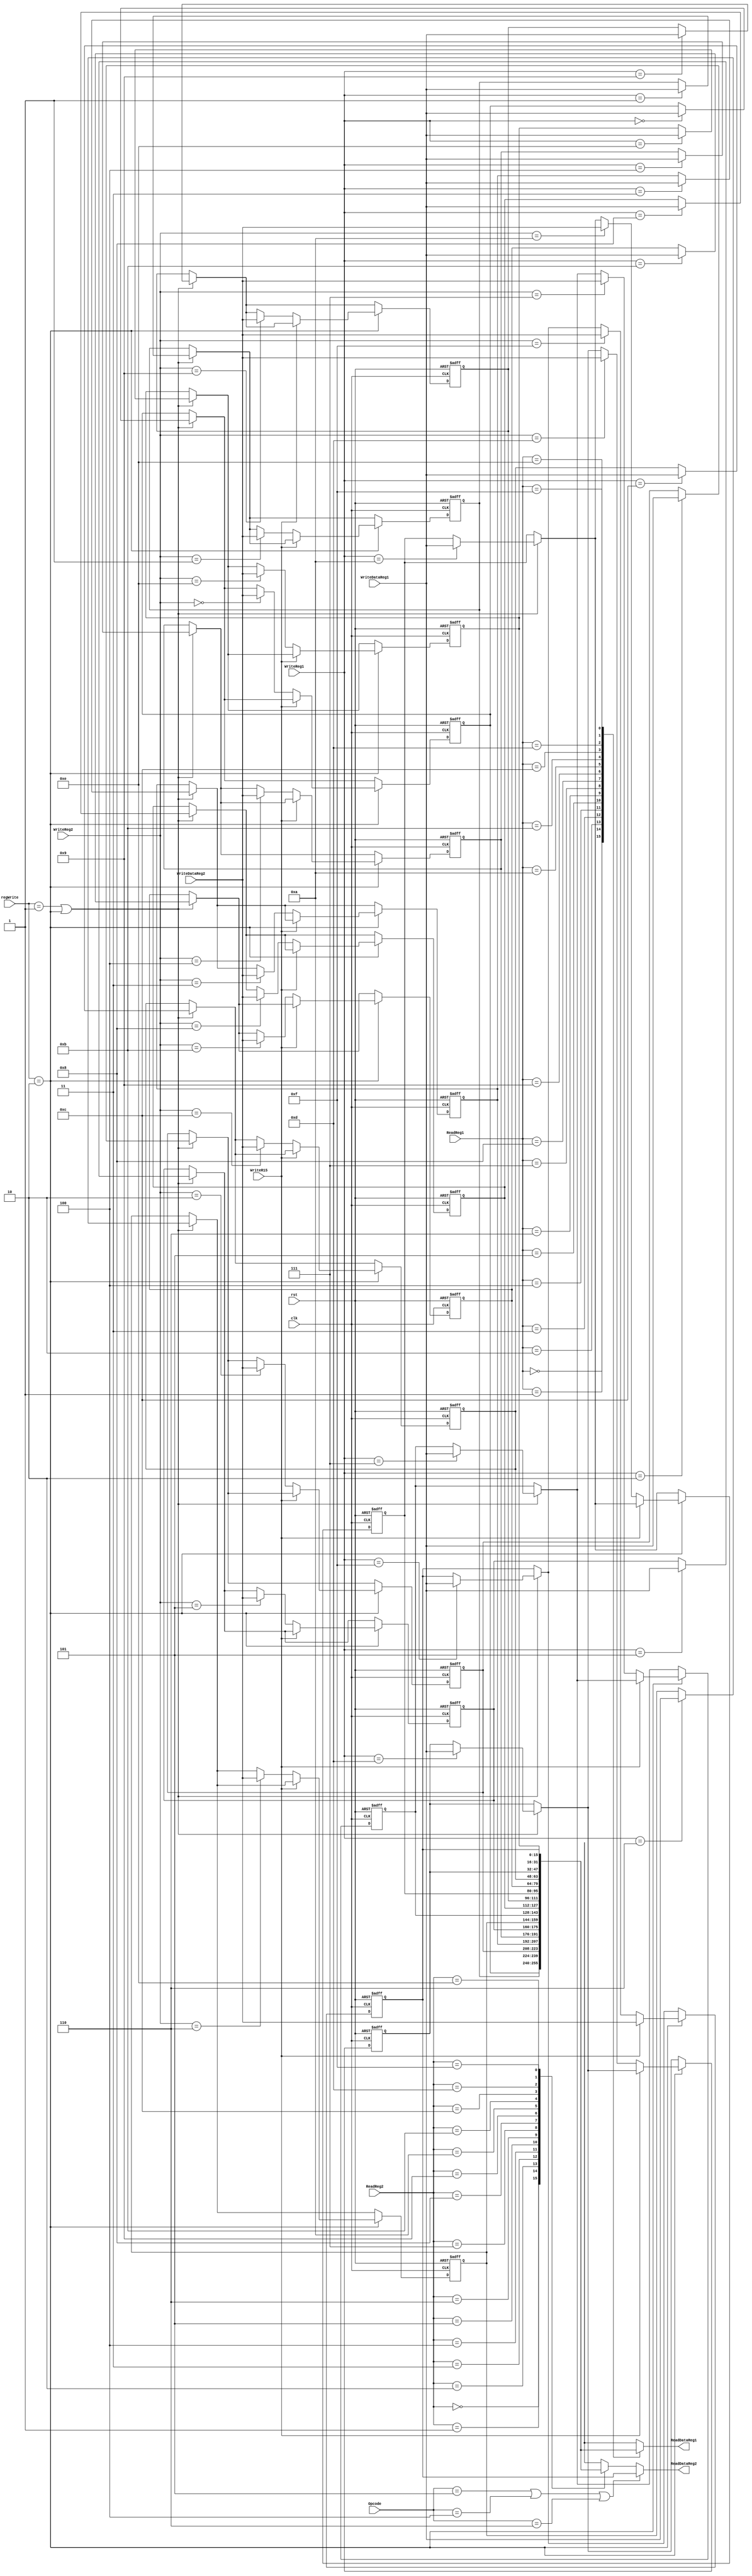
module st2_register_file(
	input [3:0] ReadReg1, ReadReg2, Opcode,
	input [3:0] WriteReg1, WriteReg2,
	input [15:0] WriteDataReg1, WriteDataReg2,
	input clk, rst, WriteR15,
	input [1:0] regWrite,
	output reg [15:0] ReadDataReg1, ReadDataReg2
	);

reg [15:0] RegisterFile [15:0];

// Combinational Logic for Reading register1 & 2. We also determine between using op2 or register 15 for ReadData2
always@(*)
begin
	case(ReadReg1)
		4'b0000: ReadDataReg1 = RegisterFile[0];
		4'b0001: ReadDataReg1 = RegisterFile[1];
		4'b0010: ReadDataReg1 = RegisterFile[2];
		4'b0011: ReadDataReg1 = RegisterFile[3];
		4'b0100: ReadDataReg1 = RegisterFile[4];
		4'b0101: ReadDataReg1 = RegisterFile[5];
		4'b0110: ReadDataReg1 = RegisterFile[6];
		4'b0111: ReadDataReg1 = RegisterFile[7];
		4'b1000: ReadDataReg1 = RegisterFile[8];
		4'b1001: ReadDataReg1 = RegisterFile[9];
		4'b1010: ReadDataReg1 = RegisterFile[10];
		4'b1011: ReadDataReg1 = RegisterFile[11];
		4'b1100: ReadDataReg1 = RegisterFile[12];
		4'b1101: ReadDataReg1 = RegisterFile[13];
		4'b1110: ReadDataReg1 = RegisterFile[14];
		4'b1111: ReadDataReg1 = RegisterFile[15];
	endcase

	if(Opcode == 4'b0101 || Opcode == 4'b0100 || Opcode == 4'b0110)
		begin
			ReadDataReg2 = RegisterFile[15];
		end
	else
		begin
			case(ReadReg2)
				4'b0000: ReadDataReg2 = RegisterFile[0];
				4'b0001: ReadDataReg2 = RegisterFile[1];
				4'b0010: ReadDataReg2 = RegisterFile[2];
				4'b0011: ReadDataReg2 = RegisterFile[3];
				4'b0100: ReadDataReg2 = RegisterFile[4];
				4'b0101: ReadDataReg2 = RegisterFile[5];
				4'b0110: ReadDataReg2 = RegisterFile[6];
				4'b0111: ReadDataReg2 = RegisterFile[7];
				4'b1000: ReadDataReg2 = RegisterFile[8];
				4'b1001: ReadDataReg2 = RegisterFile[9];
				4'b1010: ReadDataReg2 = RegisterFile[10];
				4'b1011: ReadDataReg2 = RegisterFile[11];
				4'b1100: ReadDataReg2 = RegisterFile[12];
				4'b1101: ReadDataReg2 = RegisterFile[13];
				4'b1110: ReadDataReg2 = RegisterFile[14];
				4'b1111: ReadDataReg2 = RegisterFile[15];
			endcase
		end
end

// Sequential Logic for writing
always@(posedge clk or negedge rst)
begin
	if(!rst) // On Reset
		begin
			RegisterFile[0] <= 16'h0;
			RegisterFile[1] <= 16'h0F00;
			RegisterFile[2] <= 16'h0050;
			RegisterFile[3] <= 16'hFF0F;
			RegisterFile[4] <= 16'hF0FF;
			RegisterFile[5] <= 16'h0040;
			RegisterFile[6] <= 16'h6666;
			RegisterFile[7] <= 16'h00FF;
			RegisterFile[8] <= 16'hFF88;
			RegisterFile[9] <= 16'b0;
			RegisterFile[10] <= 16'h0;
			RegisterFile[11] <= 16'h0;
			RegisterFile[12] <= 16'hCCCC;
			RegisterFile[13] <= 16'h0002;
			RegisterFile[14] <= 16'h0;
			RegisterFile[15] <= 16'h0;
		end
	else
		begin
			if(regWrite == 2'b01 || regWrite == 2'b10)
				begin
					case(WriteReg1)
						4'b0000: RegisterFile[0] <= WriteDataReg1;
						4'b0001: RegisterFile[1] <= WriteDataReg1;
						4'b0010: RegisterFile[2] <= WriteDataReg1;
						4'b0011: RegisterFile[3] <= WriteDataReg1;
						4'b0100: RegisterFile[4] <= WriteDataReg1;
						4'b0101: RegisterFile[5] <= WriteDataReg1;
						4'b0110: RegisterFile[6] <= WriteDataReg1;
						4'b0111: RegisterFile[7] <= WriteDataReg1;
						4'b1000: RegisterFile[8] <= WriteDataReg1;
						4'b1001: RegisterFile[9] <= WriteDataReg1;
						4'b1010: RegisterFile[10] <= WriteDataReg1;
						4'b1011: RegisterFile[11] <= WriteDataReg1;
						4'b1100: RegisterFile[12] <= WriteDataReg1;
						4'b1101: RegisterFile[13] <= WriteDataReg1;
						4'b1110: RegisterFile[14] <= WriteDataReg1;
						4'b1111: RegisterFile[15] <= WriteDataReg1;
					endcase
				end

			if(regWrite == 2'b10)
				begin
					if(WriteR15 == 1'b1)
						begin
							RegisterFile[15] <= WriteDataReg2;
						end
					else
						begin
							case(WriteReg2)
								4'b0000: RegisterFile[0] <= WriteDataReg2;
								4'b0001: RegisterFile[1] <= WriteDataReg2;
								4'b0010: RegisterFile[2] <= WriteDataReg2;
								4'b0011: RegisterFile[3] <= WriteDataReg2;
								4'b0100: RegisterFile[4] <= WriteDataReg2;
								4'b0101: RegisterFile[5] <= WriteDataReg2;
								4'b0110: RegisterFile[6] <= WriteDataReg2;
								4'b0111: RegisterFile[7] <= WriteDataReg2;
								4'b1000: RegisterFile[8] <= WriteDataReg2;
								4'b1001: RegisterFile[9] <= WriteDataReg2;
								4'b1010: RegisterFile[10] <= WriteDataReg2;
								4'b1011: RegisterFile[11] <= WriteDataReg2;
								4'b1100: RegisterFile[12] <= WriteDataReg2;
								4'b1101: RegisterFile[13] <= WriteDataReg2;
								4'b1110: RegisterFile[14] <= WriteDataReg2;
								4'b1111: RegisterFile[15] <= WriteDataReg2;
							endcase
						end
				end
		end
end
endmodule